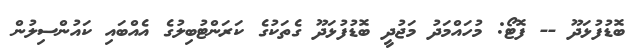
ބޮޑުފުޅަދޫ -- ފޮޓޯ: މުހައްމަދު މަޖުދީ ބޮޑުފުޅަދޫ ގެތަކުގެ ކަރަންޓުބިލުގެ އެއްބައި ކައުންސިލުން